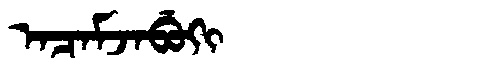
Manchu: ᠠᠴᠠᠮᠵᠠᠪᡠᡴᡳ
Romanization: ACAMJABUKI